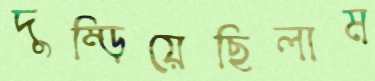
দুম্‌ড়িয়েছিলাম